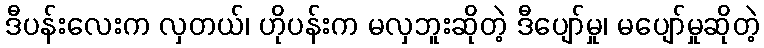
ဒီပန်းလေးက လှတယ်၊ ဟိုပန်းက မလှဘူးဆိုတဲ့ ဒီပျော်မှု၊ မပျော်မှုဆိုတဲ့